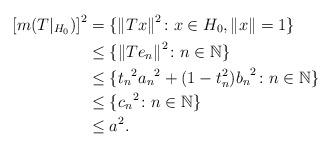
LaTeX: \begin{align*}{[m(T|_{H_0})]}^2 & =\{ {\|Tx\|}^2\colon x\in H_0, \|x\|=1 \}\\& \leq \{ {\|Te_n\|}^2\colon n\in \mathbb{N} \}\\& \leq \{ {t_n}^2 {a_n}^2 + (1-t_n^2){b_n}^2\colon n\in \mathbb{N} \}\\& \leq \{ {c_n}^2\colon n\in \mathbb{N} \}\\& \leq {a}^2.\end{align*}